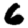
Digit: 6